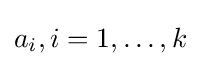
a_{i},i=1,\dots ,k